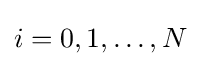
i=0,1,\dotsc ,N